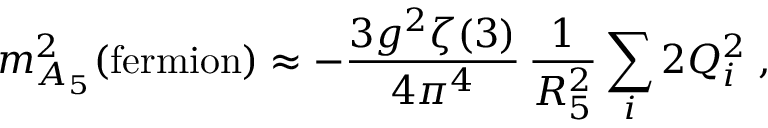
m _ { A _ { 5 } } ^ { 2 } ( \mathrm { f e r m i o n } ) \approx - \frac { 3 g ^ { 2 } \zeta ( 3 ) } { 4 \pi ^ { 4 } } \, \frac { 1 } { R _ { 5 } ^ { 2 } } \sum _ { i } 2 Q _ { i } ^ { 2 } \; ,